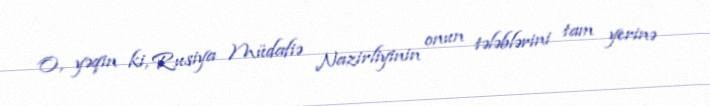
O, yəqin ki, Rusiya Müdafiə Nazirliyinin onun tələblərini tam yerinə